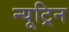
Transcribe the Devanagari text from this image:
न्यूट्रिन